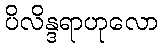
ပိလိန္ဒရာဟုလော